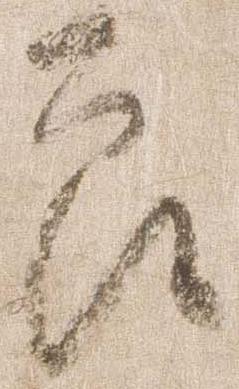
郎